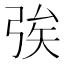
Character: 𢏦